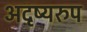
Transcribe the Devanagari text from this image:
अदृष्यरुप